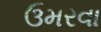
ઉમરવા